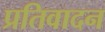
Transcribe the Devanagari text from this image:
प्रतिवादन